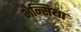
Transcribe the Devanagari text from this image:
भेन्सिया